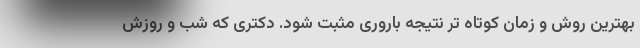
بهترین روش و زمان کوتاه تر نتیجه باروری مثبت شود. دکتری که شب و روزش